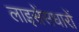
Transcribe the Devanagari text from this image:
लाइसेंसधारों